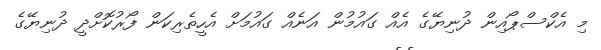
މި އެކްސްޕޯއިން ދުނިޔޭގެ އެއް ގައުމުން އަނެއް ގައުމަށް އެހީތެރިކަން ފޯރުކޮށްދީ ދުނިޔޭގެ